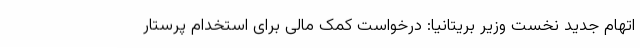
اتهام جدید نخست وزیر بریتانیا: درخواست کمک مالی برای استخدام پرستار